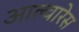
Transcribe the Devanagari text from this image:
आल्वारेस